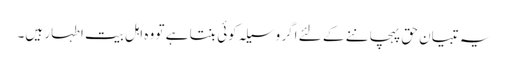
یہ تبیان حق پہچاننے کے لئے اگر وسیلہ کوئی بنتا ہے تو وہ اہل بیت اطہار ہیں۔